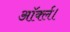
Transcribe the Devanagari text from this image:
ऑर्क्ल।